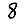
Digit: 8